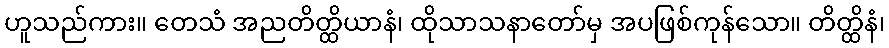
ဟူသည်ကား။ တေသံ အညတိတ္ထိယာနံ၊ ထိုသာသနာတော်မှ အပဖြစ်ကုန်သော။ တိတ္ထိနံ၊